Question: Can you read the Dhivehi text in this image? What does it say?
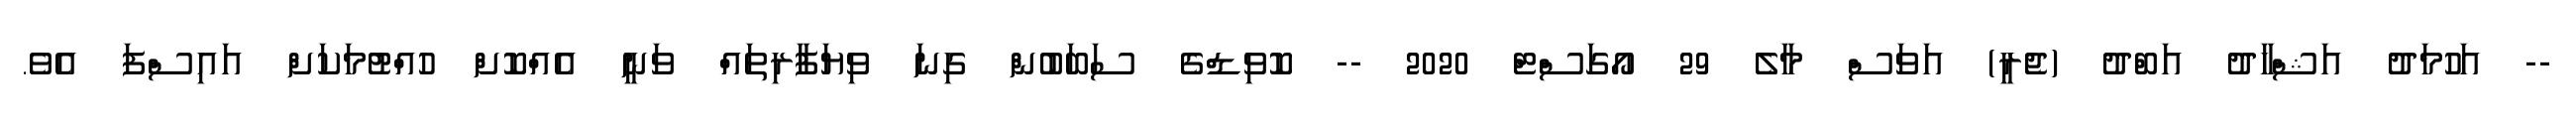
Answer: -- އަހުމަދު އަޝްހާދު އަބްދު (ޖެރީ) އަވަސް މާލެ 29 އޯގަސްޓް 2020 -- ކޮވިޑްގެ ސަބަބުން ގިނަ ވިޔަފާރިތައް ވަނީ އެއްކޮށް ހުއްޓުމަކަށް އައިސްފަ އެވެ.